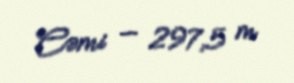
Cəmi — 297,5 m